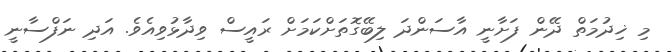
މި ޚިދުމަތް ދޭން ފަށާނީ އާސަންދަ ލިބޭގޮތަށްކަމަށް ރައީސް ވިދާޅުވިއެވެ. އަދި ނަފްސާނީ